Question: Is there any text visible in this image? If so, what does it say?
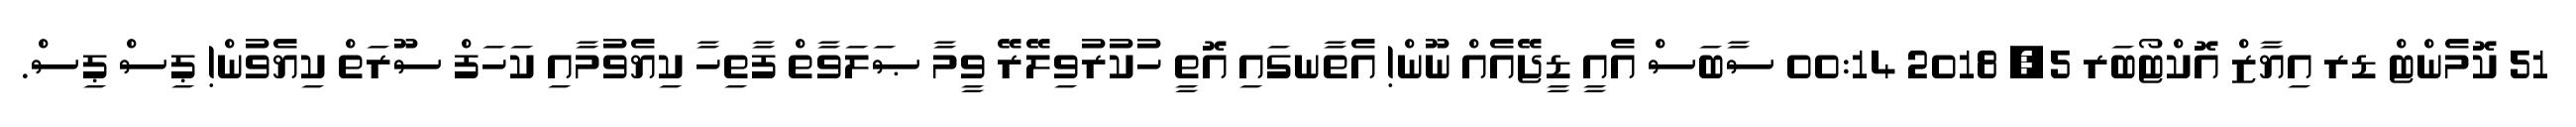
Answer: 51 ކޮމެންޓް ޑރ އިޔާޒް އޮކްޓޯބަރ 5, 2018 00:14 ސާބަސް އެއީ ޑީޖޭއެއް ނޫން! އެތާނގައި އޮތީ ހުކުރުވިލޭރޭ ވީމާ ޞަލަވާތް ފާތިހާ ކިޔެވުމާއި ކަހަފް ސޫރަތް ކިޔެވުން! ޕިސް ޕިސް.